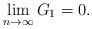
LaTeX: \begin{align*}\lim_{n\rightarrow \infty} G_1 =0.\end{align*}